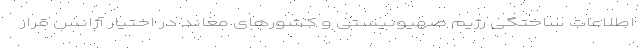
اطلاعات ساختگی رژیم صهیونیستی و کشورهای معاند در اختیار آژانس قرار